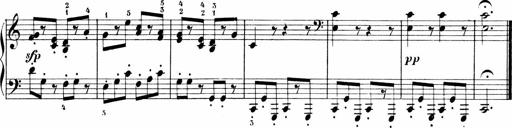
Title: Sonatinen Op.47, 98 und 136, nebst 6 Liedersonatinen
Composer: Carl Reinecke